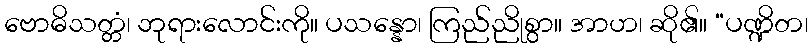
ဗောဓိသတ္တံ၊ ဘုရားလောင်းကို။ ပသန္နော၊ ကြည်ညိုစွာ။ အာဟ၊ ဆို၏။ “ပဏ္ဍိတ၊